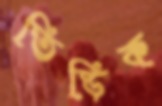
তিড়িক